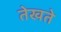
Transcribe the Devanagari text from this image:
तेखते